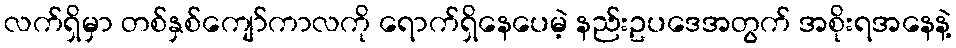
လက်ရှိမှာ တစ်နှစ်ကျော်ကာလကို ရောက်ရှိနေပေမဲ့ နည်းဥပဒေအတွက် အစိုးရအနေနဲ့